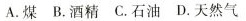
A.煤 B.酒精 C.石油 D.天然气